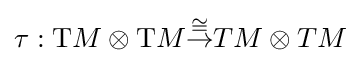
\tau :\mathrm {T} M\otimes \mathrm {T} M{\stackrel {\cong }{\to }}TM\otimes TM